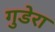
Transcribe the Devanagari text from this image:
गुडेरा